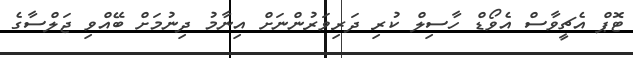
ޓޮޕް އެޗީވާސް އެވޯޑް ހާސިލް ކުރި ދަރިވަރުންނަށް އިނާމު ދިނުމަށް ބޭއްވި ޖަލްސާގެ